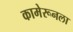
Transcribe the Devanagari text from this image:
कामेरूनला